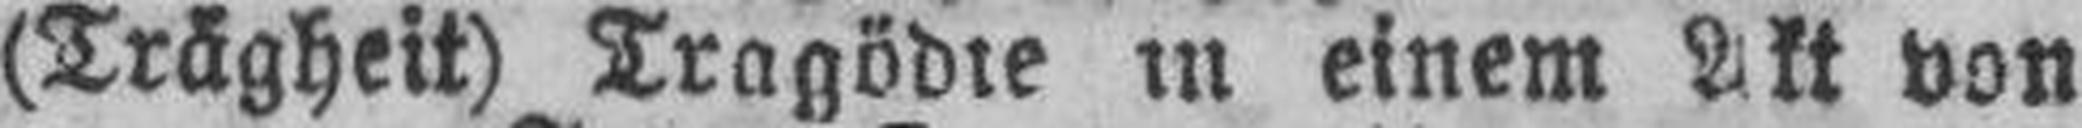
(Trägheit) Tragödie in einem Akt von